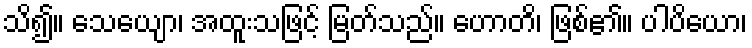
သိ၍။ သေယျော၊ အထူးသဖြင့် မြတ်သည်။ ဟောတိ၊ ဖြစ်၏။ ပါပိယော၊